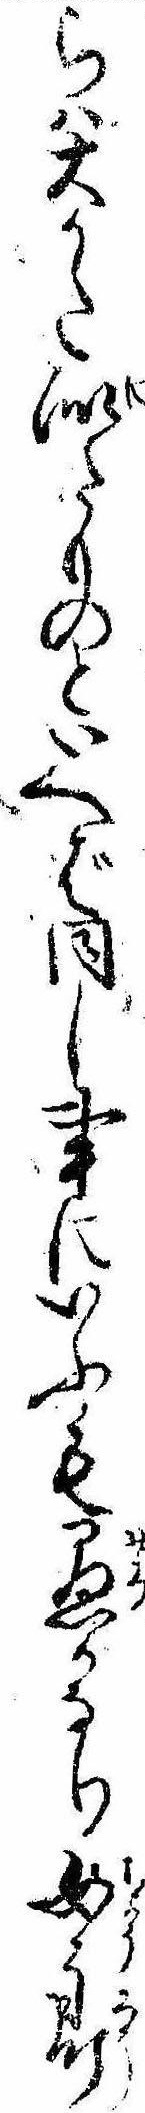
らは大かた似たものといへば同し事にいふも愚かなり女郎